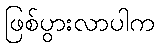
ဖြစ်ပွားလာပါက